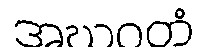
အဃဂတံ